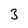
Character: 3